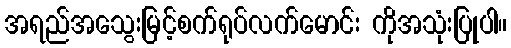
အရည်အသွေးမြင့်စက်ရုပ်လက်မောင်း ကိုအသုံးပြုပါ။